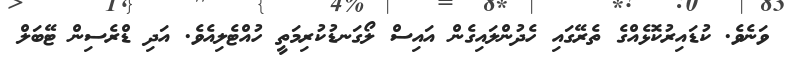
ވަނެވެ. ކުޑައިރުކޮޅެއްގެ ތެރޭގައި ހެދުންލައިގެން އައިސް ލޯގަނޑުކުރިމަތީ ހުއްޓެލިއެވެ. އަދި ޑްރެސިން ޓޭބަލް